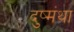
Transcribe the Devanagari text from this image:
दुष्मंथा